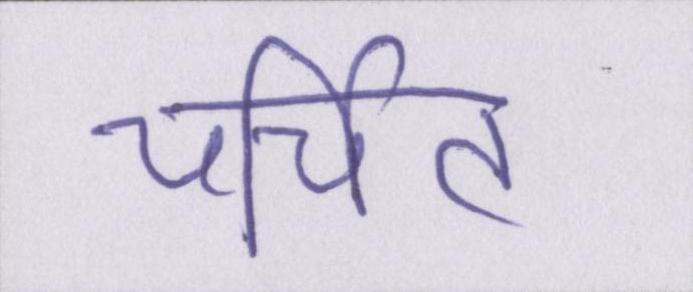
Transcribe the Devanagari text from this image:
चर्चित